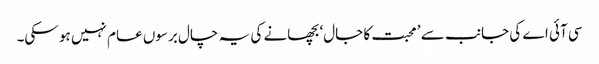
سی آئی اے کی جانب سے ’ محبت کا جال‘ بچھانے کی یہ چال برسوں عام نہیں ہو سکی۔